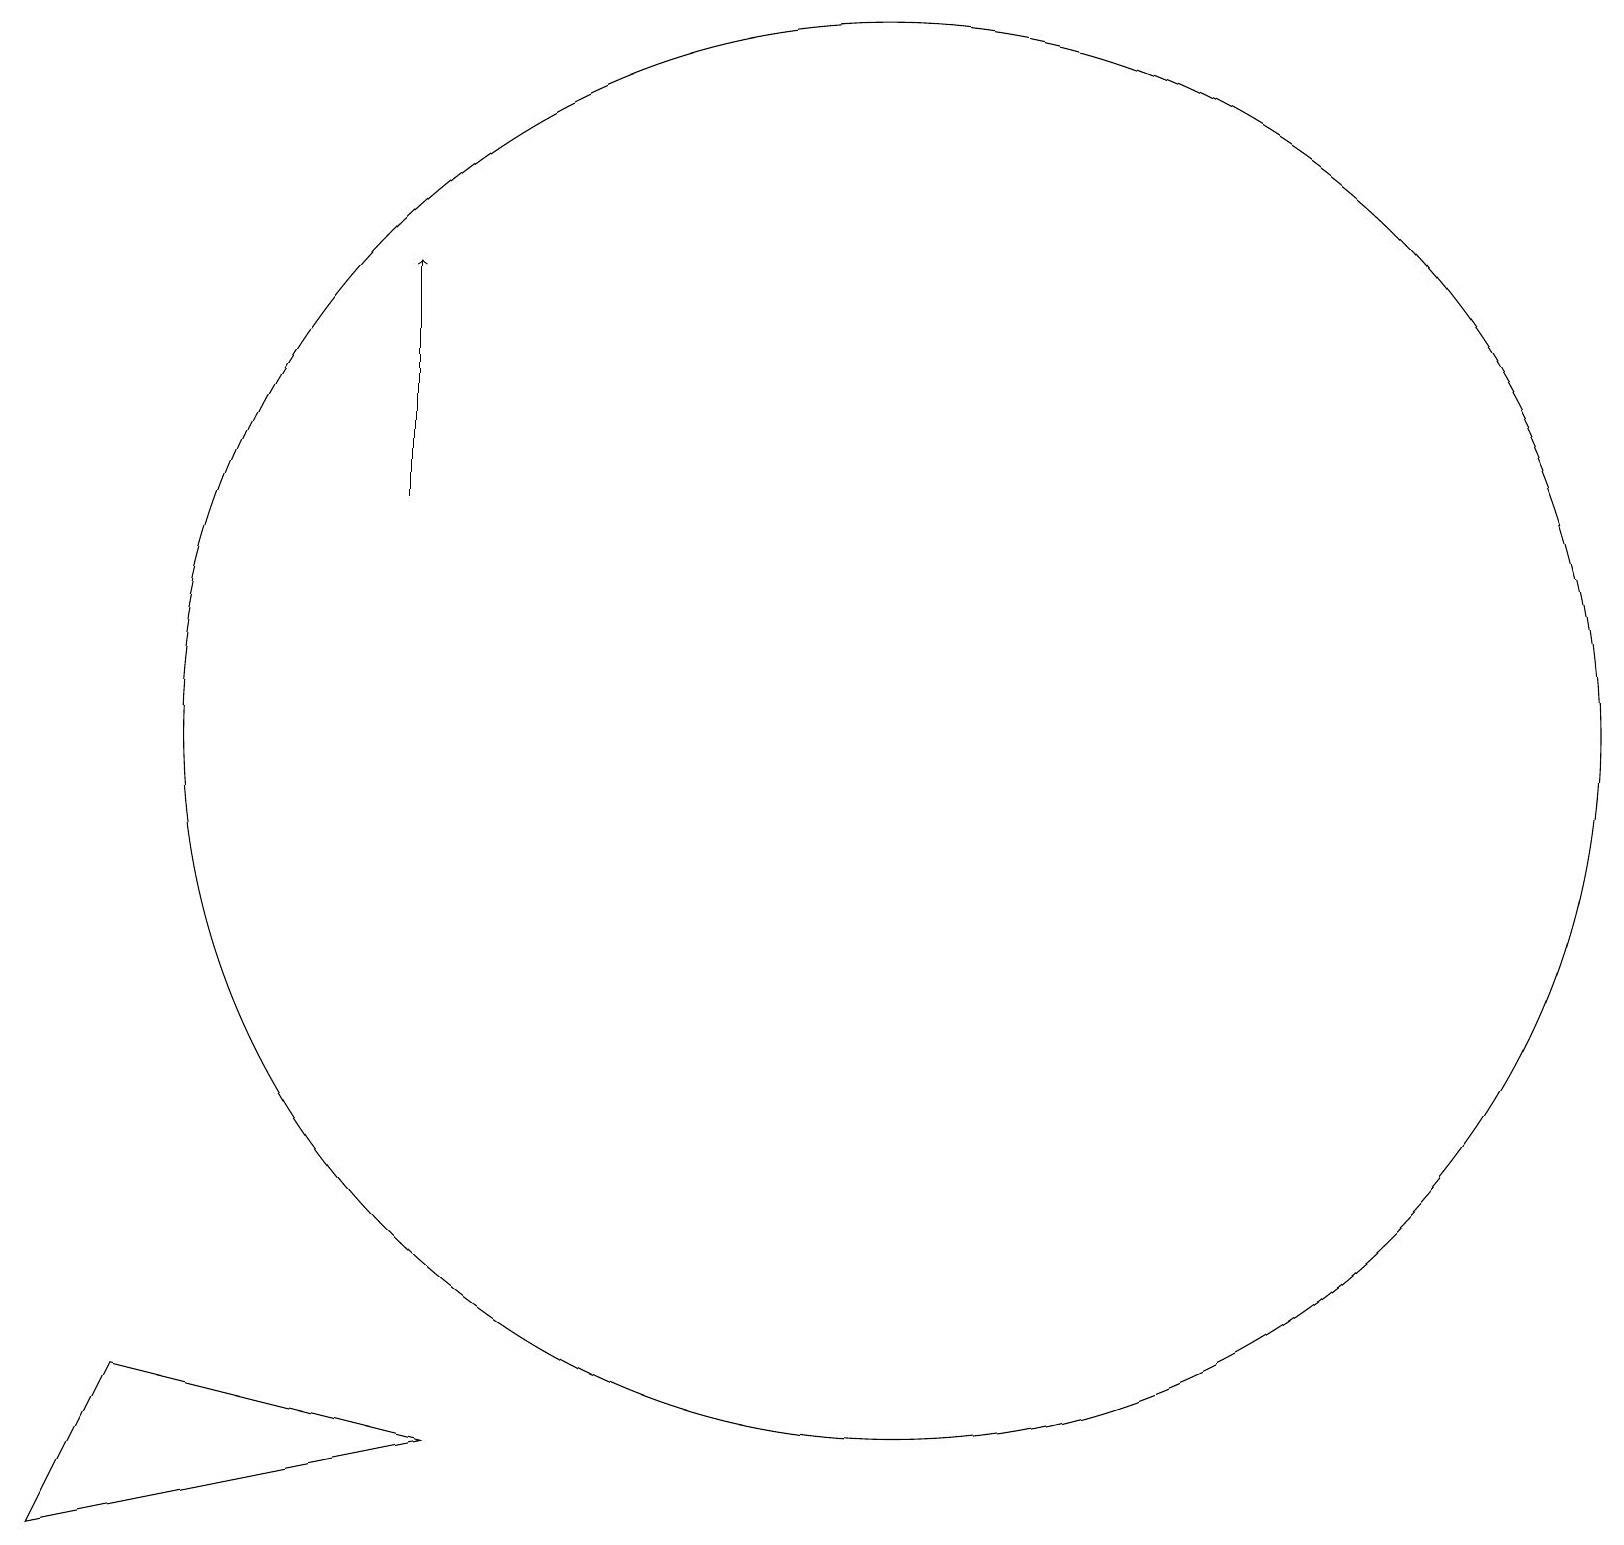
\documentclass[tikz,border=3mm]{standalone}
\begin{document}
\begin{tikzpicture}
\draw[->] (5,14) -- (5,17);
\draw (11,11) circle (9);
\draw (1,3) -- (0,1) -- (5,2) -- cycle;
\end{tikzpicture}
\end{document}